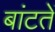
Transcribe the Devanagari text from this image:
बांटतें